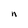
Character: n